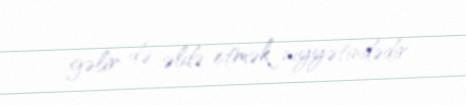
gəlir də əldə etmək niyyətindədir.